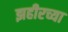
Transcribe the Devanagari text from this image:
झहीरच्या